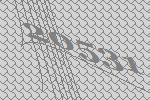
20531